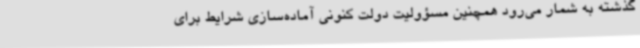
گذشته به شمار می‌رود همچنین مسؤولیت دولت کنونی آماده‌سازی شرایط برای